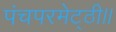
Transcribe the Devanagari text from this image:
पंचपरमेट्ठी।।